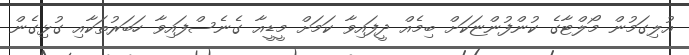
އުލިގަމުން މޯލްޓާގެ ކުންފުންޏަކަށް ބިމެއް ދީފައިވާ ކަމަށް މީޑީއާ ގެނެސްފައިވާ ހަބަރުތަކާއި ގުޅިގެން